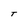
Character: T